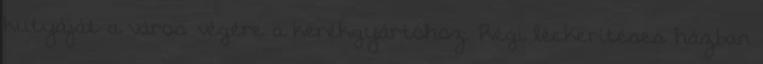
kutyáját a város végére a kerékgyártóhoz. Régi léckerítéses házban